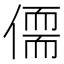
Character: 𪝥